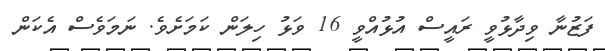
ފަޒުނާ ވިދާޅުވީ ރައީސް އުޅުއްވީ 16 ވަޅު ހިލަން ކަމަށެވެ. ނަމަވެސް އެކަން